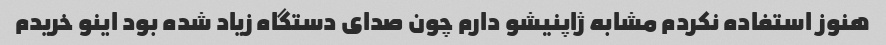
هنوز استفاده نکردم مشابه ژاپنیشو دارم چون صدای دستگاه زیاد شده بود اینو خریدم